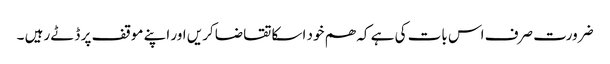
ضرورت صرف اس بات کی ہے کہ ھم خود اسکا تقاضا کریں اور اپنے موقف پر ڈٹے رہیں ۔